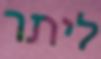
ליתר